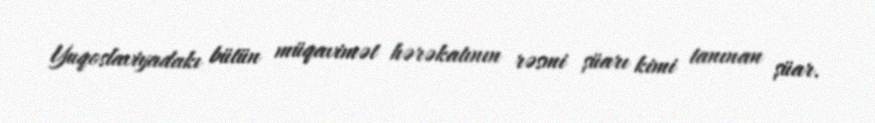
Yuqoslaviyadakı bütün müqavimət hərəkatının rəsmi şüarı kimi tanınan şüar.